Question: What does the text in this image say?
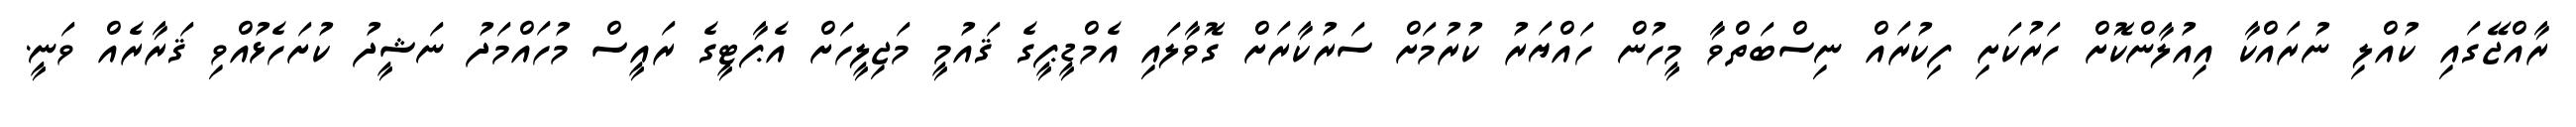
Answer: ރާއްޖޭގައި ކުއްލި ނުރައްކާ އިއުލާންކޮށް ހަރުކަށި ފިކުރައް ނިސްބަތްވާ މީހުން ހައްޔަރު ކުރުމަށް ސަރުކާރަށް ގޮވާލައި އެމްޑީޕީގެ ޤައުމީ މަޖިލީހަށް އެޕާޓީގެ ރައީސް މުހައްމަދު ނަޝީދު ކުށަހެޅުއްވި ޤަރާރެއް ވަނީ.